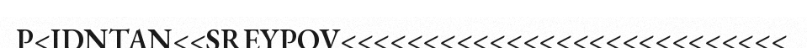
P<IDNTAN<<SREYPOV<<<<<<<<<<<<<<<<<<<<<<<<<<<